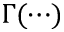
\Gamma ( \cdots )